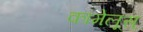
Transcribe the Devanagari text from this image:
कामेलूस्